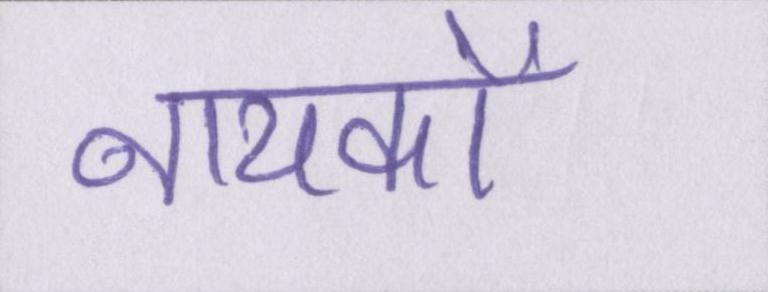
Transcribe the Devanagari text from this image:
नायकों